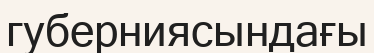
губерниясындағы